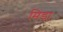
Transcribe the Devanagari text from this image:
मिंडा